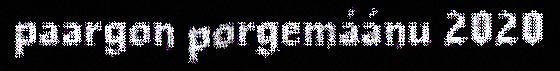
paargon porgemáánu 2020